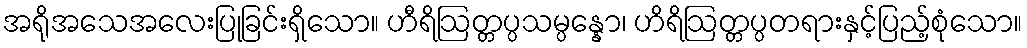
အရိုအသေအလေးပြုခြင်းရှိသော။ ဟီရိဩတ္တပ္ပသမ္ပန္နော၊ ဟိရိဩတ္တပ္ပတရားနှင့်ပြည့်စုံသော။